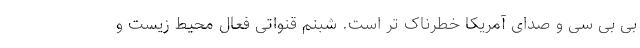
بی بی سی و صدای آمریکا خطرناک تر است. شبنم قنواتی فعال محیط زیست و